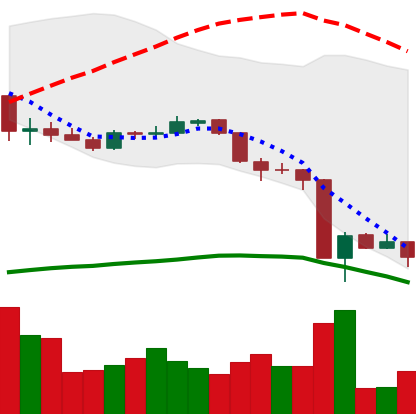
Ticker: ADA-USD
Chart end date: 2020-03-16
Forward return: 21.944%
Label: up_7plus